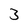
Character: 3